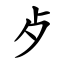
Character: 歺